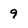
Character: 9